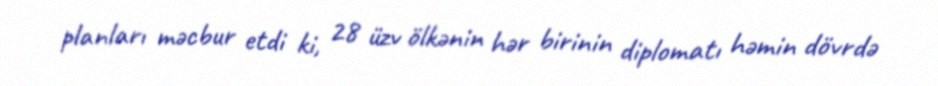
planları məcbur etdi ki, 28 üzv ölkənin hər birinin diplomatı həmin dövrdə